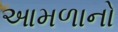
આમળાનો